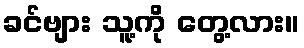
ခင်ဗျား သူ့ကို တွေ့လား။